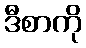
ဒီစာကို